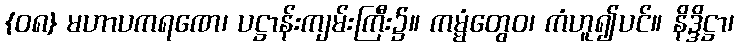
{၀၈} မဟာပကရဏေ၊ ပဋ္ဌာန်းကျမ်းကြီး၌။ ကမ္မံတွေဝ၊ ကံဟူ၍ပင်။ နိဒ္ဒိဋ္ဌာ၊